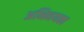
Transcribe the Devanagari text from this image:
अभिनयका